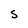
Character: S